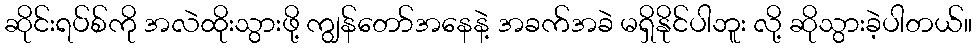
ဆိုင်းရပ်စ်ကို အလဲထိုးသွားဖို့ ကျွန်တော်အနေနဲ့ အခက်အခဲ မရှိနိုင်ပါဘူး လို့ ဆိုသွားခဲ့ပါတယ်။